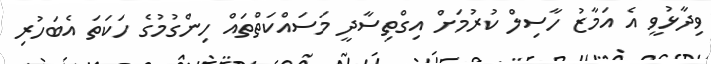
ވިދާޅުވީ އެ އަމާޒު ހާސިލް ކުރުމަށް އިގްތިސާދީ މަސައްކަތްތައް ހިންގުމުގެ ހަކަތަ އެބަހުރި